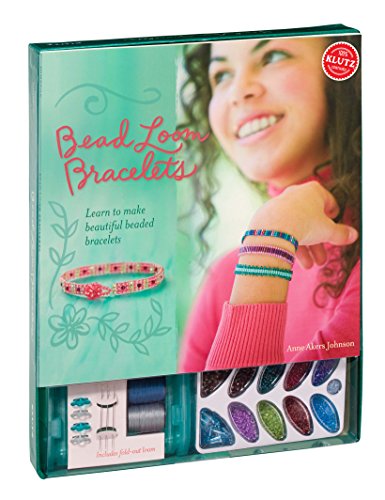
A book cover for Klutz Bead Loom Bracelets Craft Kit; Teen & Young Adult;